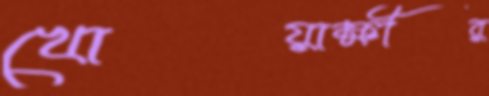
খোয়াক্ষীর